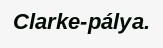
Clarke-pálya.